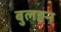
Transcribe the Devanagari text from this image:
बुलइन